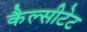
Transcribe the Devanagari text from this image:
कैल्सीटेट